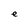
Character: e